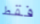
فقط